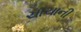
ચાચાની